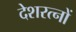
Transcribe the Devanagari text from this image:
देशरत्नों